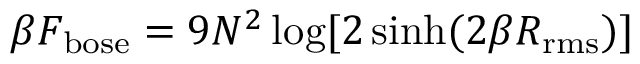
\beta F _ { \mathrm { b o s e } } = 9 N ^ { 2 } \log [ 2 \sinh ( 2 \beta R _ { \mathrm { r m s } } ) ]